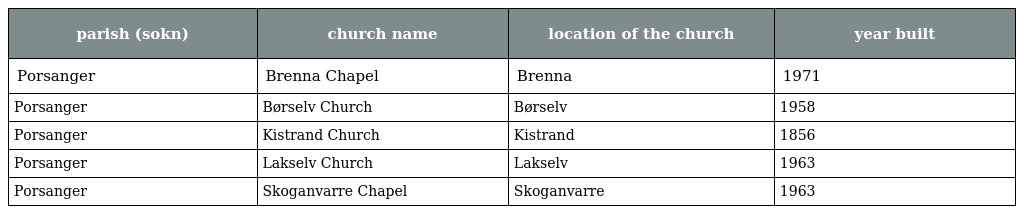
| parish (sokn) | church name | location of the church | year built |
 | --- | --- | --- | --- |
 | Porsanger | Brenna Chapel | Brenna | 1971 |
 | Porsanger | Børselv Church | Børselv | 1958 |
 | Porsanger | Kistrand Church | Kistrand | 1856 |
 | Porsanger | Lakselv Church | Lakselv | 1963 |
 | Porsanger | Skoganvarre Chapel | Skoganvarre | 1963 |